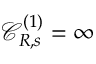
{ \mathcal C } _ { R , s } ^ { ( 1 ) } = \infty